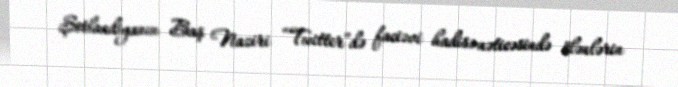
Şotlandiyanın Baş Naziri “Twitter”də faciəvi hadisə nəticəsində ölənlərin